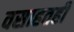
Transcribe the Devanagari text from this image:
वसाहतही